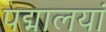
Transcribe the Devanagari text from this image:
पद्मालयां